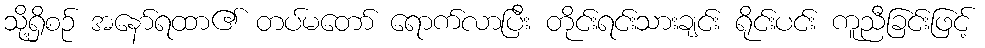
သို့ရှိစဉ် အနော်ရထာ၏ တပ်မတော် ရောက်လာပြီး တိုင်းရင်းသားချင်း ရိုင်းပင်း ကူညီခြင်းဖြင့်